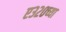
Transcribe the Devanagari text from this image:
ए३२०च्या